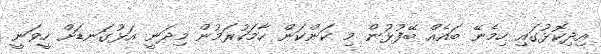
އިދިކޮޅުގައި ހިމެނޭ ބައެއް ބޭފުޅުން މި ކަންކަން ހާމަކުރަމުން މިދަނީ އަޅުގަނޑަށް ހީވަނީ